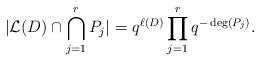
LaTeX: \begin{align*} \vert \mathcal{L}(D) \cap \bigcap_{j=1}^r P_j \vert = q^{\ell(D)} \prod_{j=1}^r q^{-\deg(P_j)}. \end{align*}